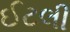
ઈટલી